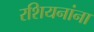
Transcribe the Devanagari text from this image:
रशियनांना